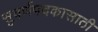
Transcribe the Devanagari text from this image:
सुवर्णपदकासाठी